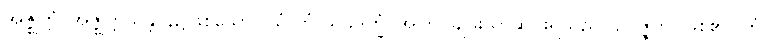
အဇ္ဈတ္တံ၊ အဇ္ဈတ္တသန္တာန်၌ဖြစ်သော။ ယံ တံ သုခဒုက္ခံ၊ အကြင်ချမ်းသာဆင်းရဲသည်။ ဥပ္ပဇ္ဇတိ၊ ဖြစ်၏။ တံ